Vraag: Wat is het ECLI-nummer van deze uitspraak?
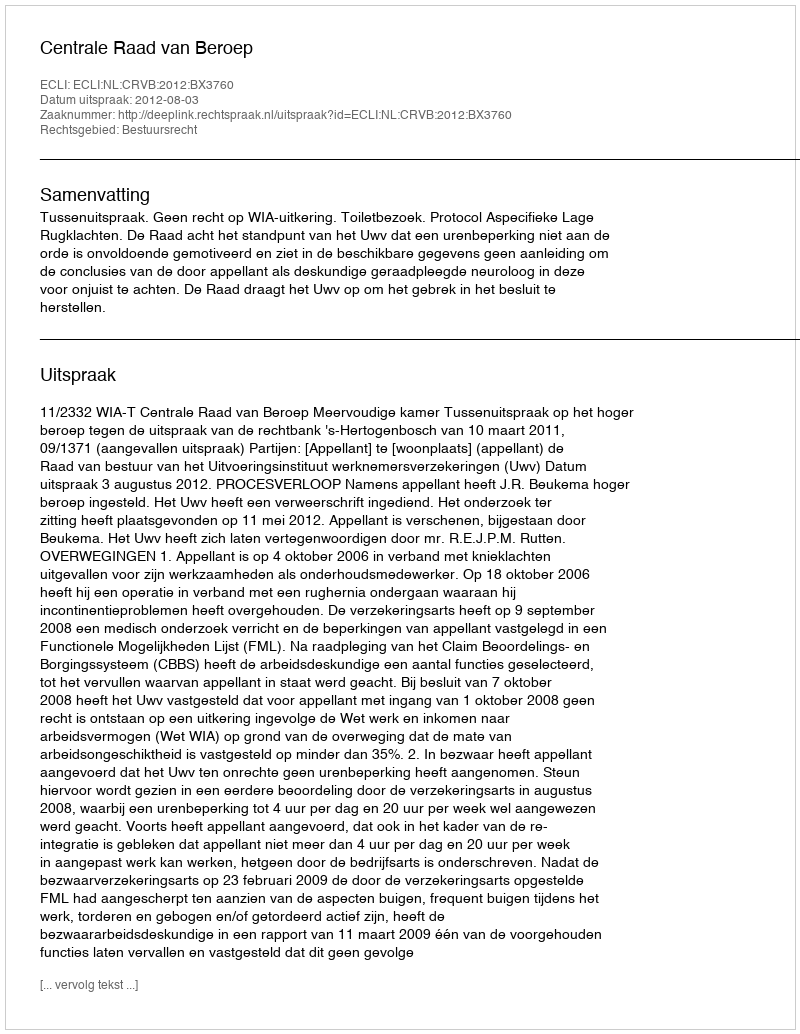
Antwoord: ECLI:NL:CRVB:2012:BX3760